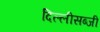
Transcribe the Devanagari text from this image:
दिल्लीसब्जी